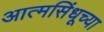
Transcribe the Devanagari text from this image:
आत्मसिंधूच्या